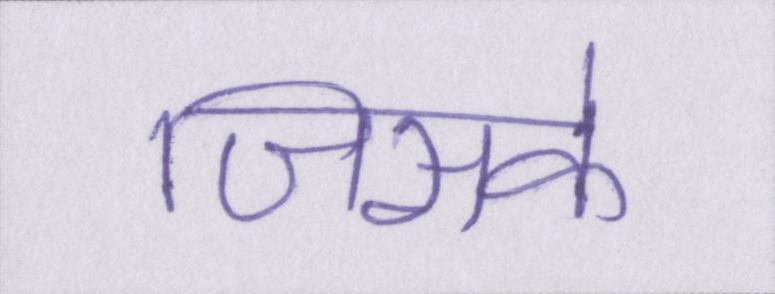
जिसके